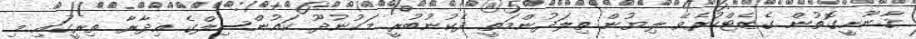
ޤާނޫނީގޮތުން ގެޒެޓްކުރެވޭ ލިޔުން ތިލަދުންމަތީ ދެކުނުބުރީ މަކުނުދޫ ކައުންސިލްގެ އިދާރާ ތިރީގައި މި